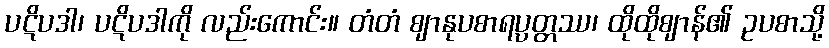
ပဋိပဒါ၊ ပဋိပဒါကို လည်းကောင်း။ တံတံ ဈာနုပစာရပ္ပတ္တဿ၊ ထိုထိုဈာန်၏ ဥပစာသို့